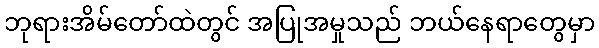
ဘုရားအိမ်တော်ထဲတွင် အပြုအမှုသည် ဘယ်နေရာတွေမှာ